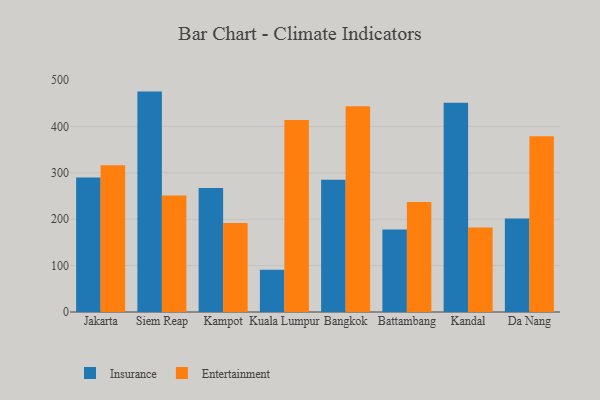
{"axis": {"x": "City", "y": "LTV (USD)"}, "legend": ["Entertainment", "Insurance"], "data": [{"x": "Jakarta", "y": 289.9, "type": "Insurance"}, {"x": "Jakarta", "y": 316.5, "type": "Entertainment"}, {"x": "Siem Reap", "y": 475.1, "type": "Insurance"}, {"x": "Siem Reap", "y": 250.9, "type": "Entertainment"}, {"x": "Kampot", "y": 267.3, "type": "Insurance"}, {"x": "Kampot", "y": 191.7, "type": "Entertainment"}, {"x": "Kuala Lumpur", "y": 90.9, "type": "Insurance"}, {"x": "Kuala Lumpur", "y": 413.8, "type": "Entertainment"}, {"x": "Bangkok", "y": 284.9, "type": "Insurance"}, {"x": "Bangkok", "y": 443.3, "type": "Entertainment"}, {"x": "Battambang", "y": 177.6, "type": "Insurance"}, {"x": "Battambang", "y": 237.0, "type": "Entertainment"}, {"x": "Kandal", "y": 450.8, "type": "Insurance"}, {"x": "Kandal", "y": 182.4, "type": "Entertainment"}, {"x": "Da Nang", "y": 201.6, "type": "Insurance"}, {"x": "Da Nang", "y": 378.6, "type": "Entertainment"}]}